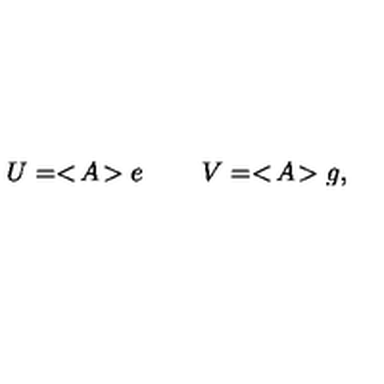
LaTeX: U = < \! A \! > e \: \: \: \: \: \: \: \: \: \: V = < \! A \! > g ,